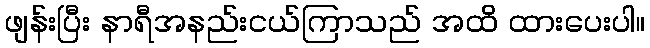
ဖျန်းပြီး နာရီအနည်းငယ်ကြာသည် အထိ ထားပေးပါ။